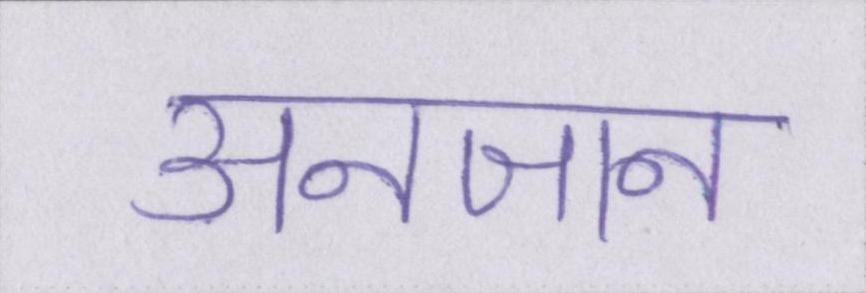
अनजान